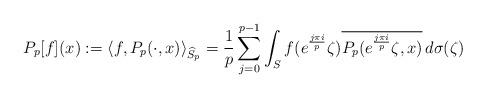
LaTeX: \begin{align*}P_p[f](x):=\left\langle f, P_p(\cdot,x) \right\rangle_{\widehat{S}_p}=\frac{1}{p}\sum_{j=0}^{p-1}\int_S f(e^{\frac{j\pi i}{p}}\zeta)\overline{P_p(e^{\frac{j\pi i}{p}}\zeta ,x )}\, d\sigma(\zeta)\end{align*}